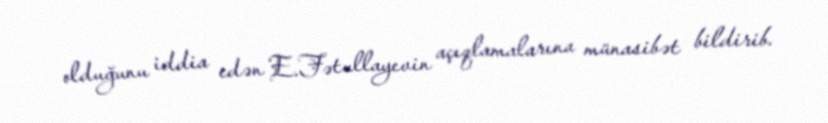
olduğunu iddia edən E.Fətullayevin açıqlamalarına münasibət bildirib.